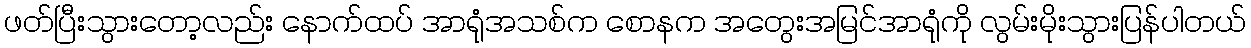
ဖတ်ပြီးသွားတော့လည်း နောက်ထပ် အာရုံအသစ်က စောနက အတွေးအမြင်အာရုံကို လွမ်းမိုးသွားပြန်ပါတယ်